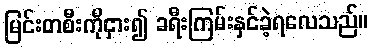
မြင်းတစီးကိုငှား၍ ခရီးကြမ်းနှင်ခဲ့ရလေသည်။